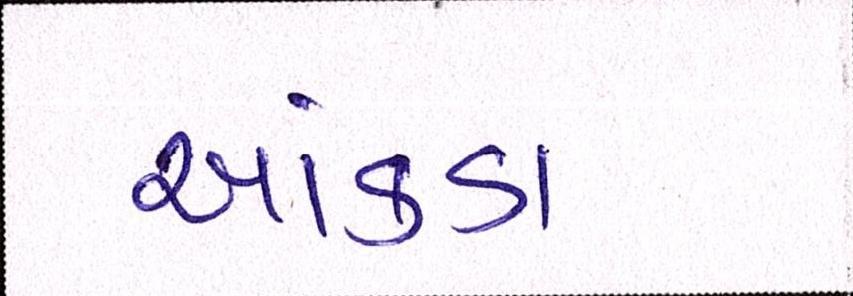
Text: આંકડા